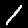
Label: 1